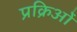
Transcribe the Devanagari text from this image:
प्रक्रिओं